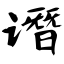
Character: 谮